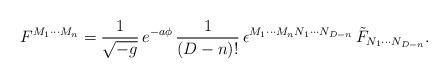
LaTeX: \begin{align*}F^{M_1\cdots M_n} ={ 1\over \sqrt{ -g } } \, e^{ -a \phi} \, { 1\over (D-n)! } \,\epsilon^{M_1 \cdots M_n N_1 \cdots N_{D-n} } \, \tilde{F}_{N_1 \cdots N_{D-n} } .\end{align*}